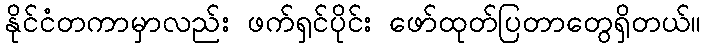
နိုင်ငံတကာမှာလည်း ဖက်ရှင်ပိုင်း ဖော်ထုတ်ပြတာတွေရှိတယ်။